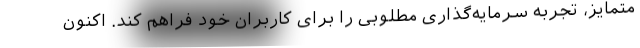
متمایز، تجربه سرمایه‌گذاری مطلوبی را برای کاربران خود فراهم کند. اکنون